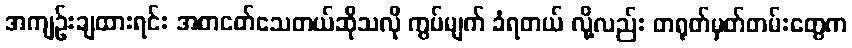
အကျဉ်းချထားရင်း အစာငတ်သေတယ်ဆိုသလို ကွပ်မျက် ခံရတယ် လို့လည်း တရုတ်မှတ်တမ်းတွေက